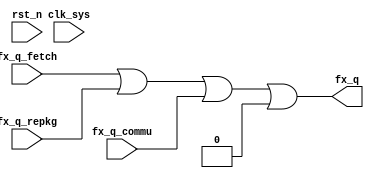
//fx_bus_m.v

module fx_bus_m(
fx_q,
fx_q_fetch,
fx_q_repkg,
fx_q_commu,
//clk rst
clk_sys,
rst_n
);
output [7:0]	fx_q;
input [7:0]	fx_q_fetch;
input [7:0]	fx_q_repkg;
input [7:0]	fx_q_commu;
//clk rst
input clk_sys;
input rst_n;
//---------------------------------------
//---------------------------------------

wire [7:0] fx_q;
assign fx_q = fx_q_fetch |
							fx_q_repkg | 
							fx_q_commu |
							8'h0;

endmodule